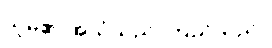
သူမ၏ အသံသည် ကြည်သည်။